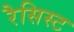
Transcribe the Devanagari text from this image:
रैसिस्ट